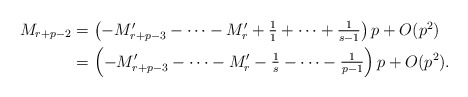
\begin{align*}\textstyle M_{r+p-2} & \textstyle = \left(-M_{r+p-3}' - \cdots - M_r' + \frac{1}{1} + \cdots + \frac{1}{s-1}\right)p + O(p^2) \textstyle \\ & \textstyle = \left(-M_{r+p-3}' - \cdots - M_r' -\frac{1}{s} - \cdots - \frac{1}{p-1}\right)p + O(p^2).\end{align*}